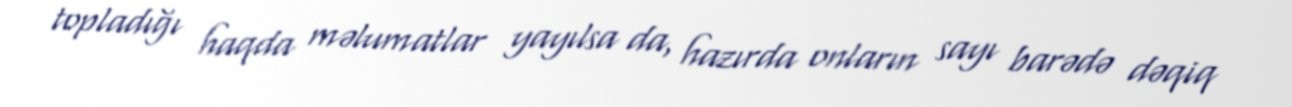
topladığı haqda məlumatlar yayılsa da, hazırda onların sayı barədə dəqiq